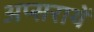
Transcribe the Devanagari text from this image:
अप्सरायें